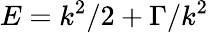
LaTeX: E=k^{2}/2+\Gamma/k^{2}